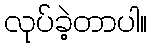
လုပ်ခဲ့တာပါ။